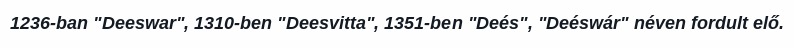
1236-ban "Deeswar", 1310-ben "Deesvitta", 1351-ben "Deés", "Deéswár" néven fordult elő.